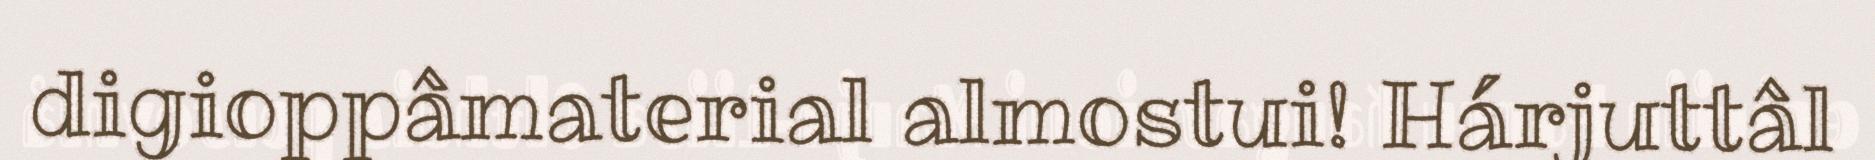
digioppâmaterial almostui! Hárjuttâl